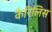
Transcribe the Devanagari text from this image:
कैरिलिस